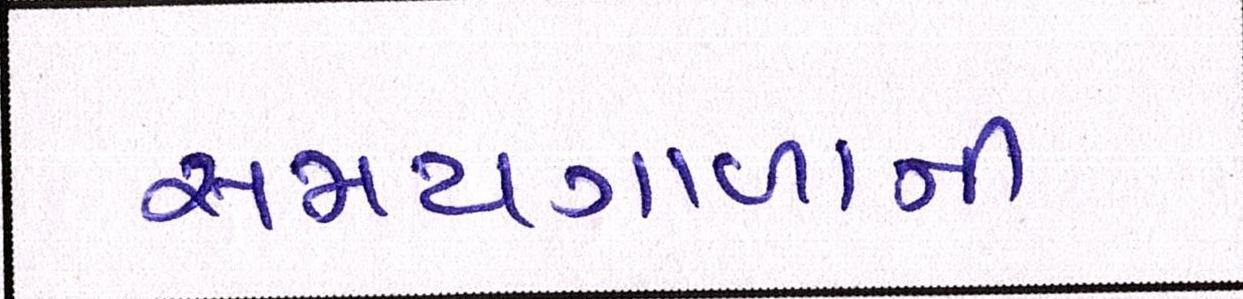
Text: સમયગાળાની